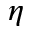
\eta